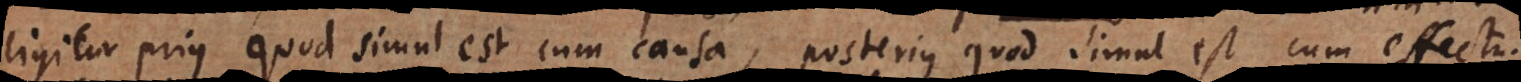
ligitur prius quod simul est cum causa, posterius quod simul est cum effectu.